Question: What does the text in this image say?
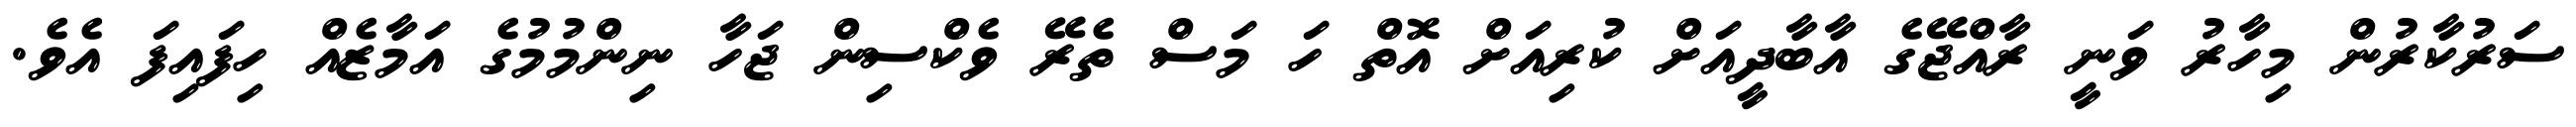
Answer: ސަރުކާރުން މިހާރު ވަނީ ރާއްޖޭގެ އާބާދީއަށް ކުރިއަށް އޮތް ހަ މަސް ތެރޭ ވެކްސިން ޖަހާ ނިންމުމުގެ އަމާޒެއް ހިފައިފަ އެވެ.